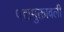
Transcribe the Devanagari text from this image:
पद्यमुक्तावली